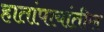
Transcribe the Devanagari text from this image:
हातांपायांतील